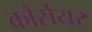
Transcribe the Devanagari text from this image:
कौर्सेयर